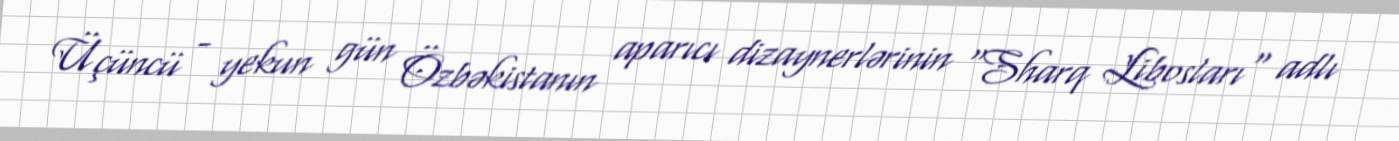
Üçüncü - yekun gün Özbəkistanın aparıcı dizaynerlərinin "Sharq Libosları" adlı